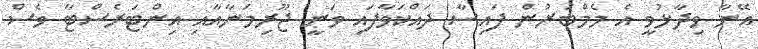
އޭނާ ވިދާޅުވީ އެ މެމްބަރުން ފައިސާ ދައްކަވާފައި ވަނީ ޖޫރިމަނާއާއި އިންޓަރެސްޓާ ވެސް